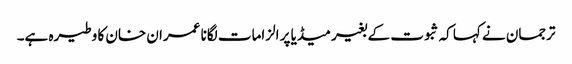
ترجمان نے کہا کہ ثبوت کے بغیر میڈیا پر الزامات لگانا عمران خان کا وطیرہ ہے۔